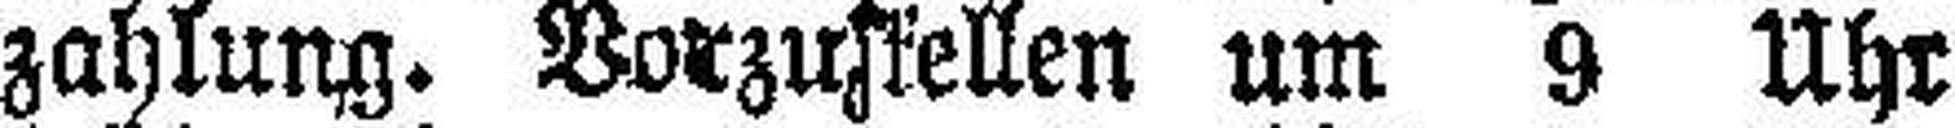
zahlung. Vorzustellen um 9 Uhr